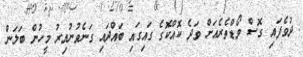
ދުވެފައި ގޮސް ވޯޑްތެރެއަށް ވަދެ ކޮއްކޮގެ ގައިގައި ބައްދައި ގަނެވުނުއިރު މީހުން ބަލަން